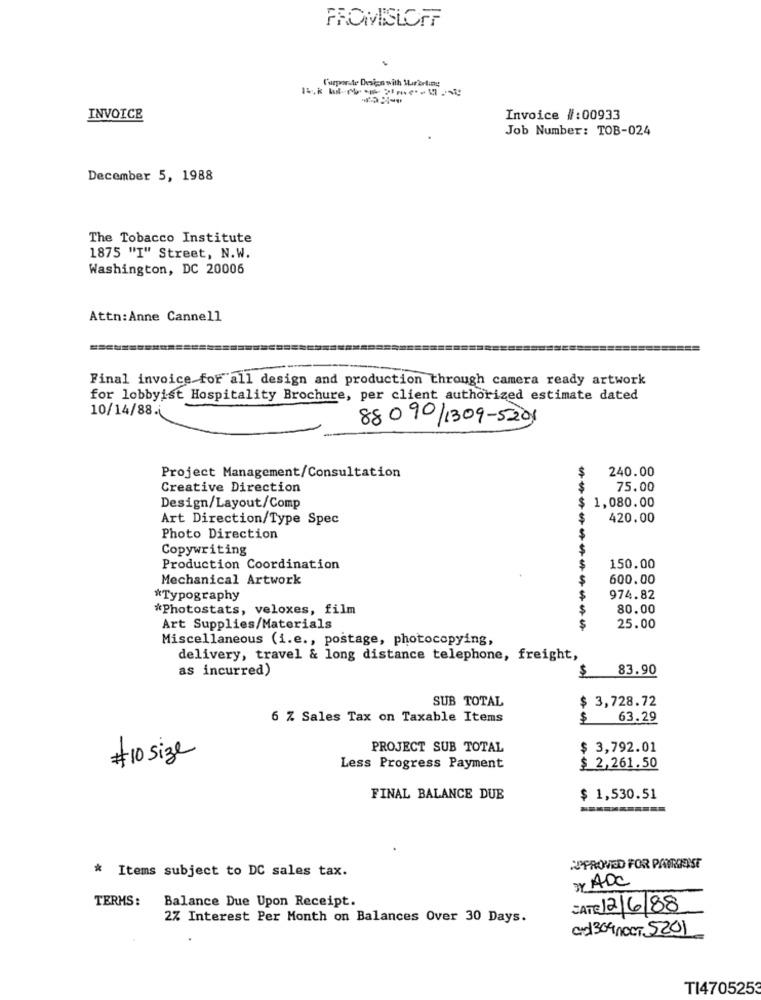
FROMISLOFF
l'urporate Design with Marketing
INVOICE
Invoice #:00933
Job Number: TOB-024
December 5, 1988
The Tobacco Institute
1875 "I" Street, N.W.
Washington, DC 20006
Attn:Anne Cannell
Final invoice for all design and production through camera ready artwork
for lobbyist Hospitality Brochure, per client authorized estimate dated
10/14/88.
88090/1309-5201
240.00
Project Management/Consultation
Creative Direction
75.00
$
Design/Layout/Comp
1,080.00
Art Direction/Type Spec
420.00
Photo Direction
Copywriting
Production Coordination
150.00
Mechanical Artwork
600.00
*Typography
974.82
"Photostats, veloxes, film
80.00
Art Supplies/Materials
--------
25.00
Miscellaneous (i.e ., postage, photocopying,
delivery, travel & long distance telephone, freight,
as incurred)
$
83.90
SUB TOTAL
3,728.72
$
6 % Sales Tax on Taxable Items
63.29
PROJECT SUB TOTAL
$ 3,792.01
# 10 size
Less Progress Payment
$ 2,261.50
FINAL BALANCE DUE
$ 1,530.51
APPROVED FOR PAYMENT
* Items subject to DC sales tax.
3Y ADC
TERMS:
Balance Due Upon Receipt.
DATE 12/6/88
2% Interest Per Month on Balances Over 30 Days.
and309 NOCT 5201
TI4705253